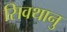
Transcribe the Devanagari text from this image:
सिवथानु